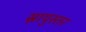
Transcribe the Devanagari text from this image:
स्नायुस्तर